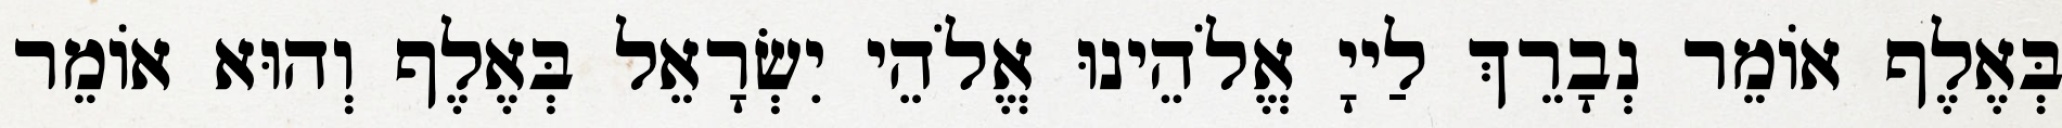
בְּאֶלֶף אוֹמֵר נְבָרֵךְ לַייָ אֱלֹהֵינוּ אֱלֹהֵי יִשְׂרָאֵל בְּאֶלֶף וְהוּא אוֹמֵר